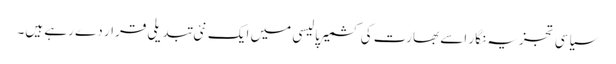
سیاسی تجزیہ نگار اسے بھارت کی کشمیر پالیسی میں ایک نئی تبدیلی قرار دے رہے ہیں۔